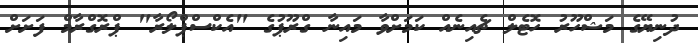
ދުނިޔޭގެ މަޝްހޫރު ހޮޓެލް ޗެއިނެއް ކަމަށްވާ މައިނާ ގްރޫޕުގެ "އެކްސްޕްލޯރާ" ޕްރޮގްރާމް ފަށަށް